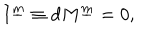
I ^ { \underline { { { m } } } } \equiv d M ^ { \underline { { { m } } } } = 0 ,